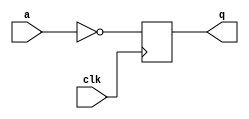
//This is a sequential circuit. Read the simulation waveforms to determine what the circuit does, then implement it.

module top_module (
    input clk,
    input a,
    output q );
        
    reg q_tmp;
    
    assign q = q_tmp;

    always @(posedge clk) begin
        q_tmp <= ~a;
    end

endmodule